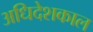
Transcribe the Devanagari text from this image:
अधिदेशकाल